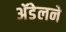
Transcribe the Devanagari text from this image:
अॅडेलने